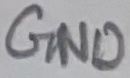
Text: GND